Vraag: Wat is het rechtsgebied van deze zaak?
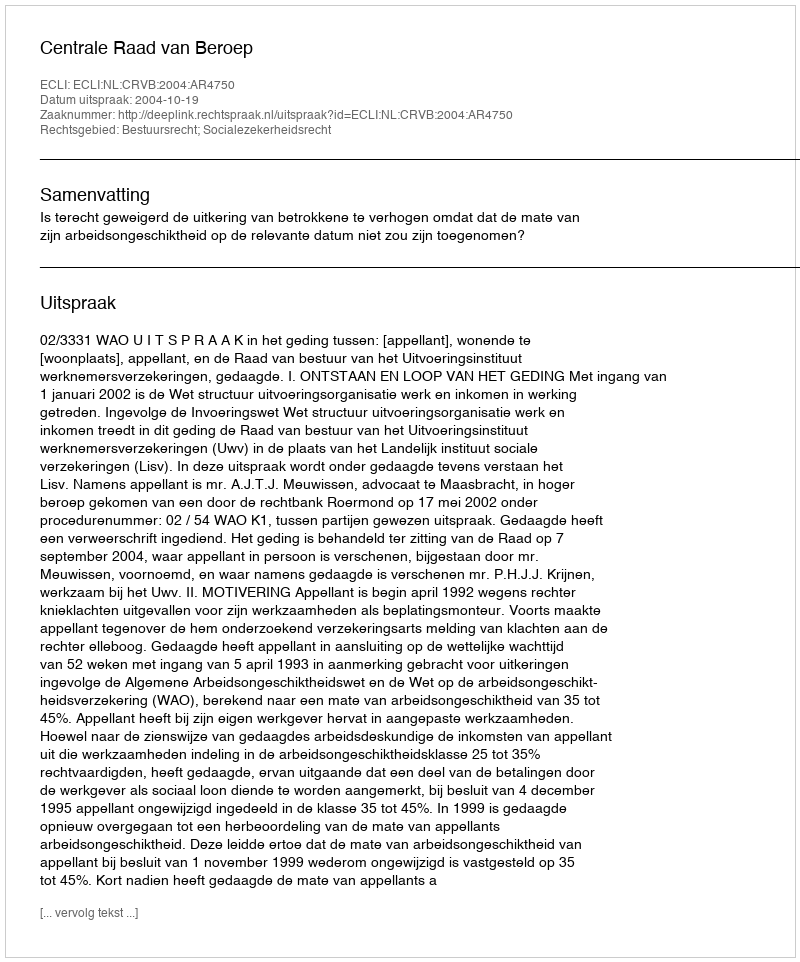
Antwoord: Bestuursrecht; Socialezekerheidsrecht